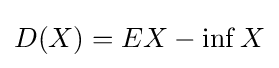
D(X)=EX-\inf X